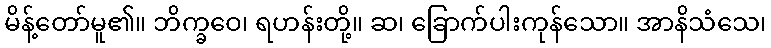
မိန့်တော်မူ၏။ ဘိက္ခဝေ၊ ရဟန်းတို့။ ဆ၊ ခြောက်ပါးကုန်သော။ အာနိသံသေ၊